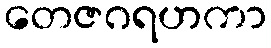
တေဇဂရဟကာ